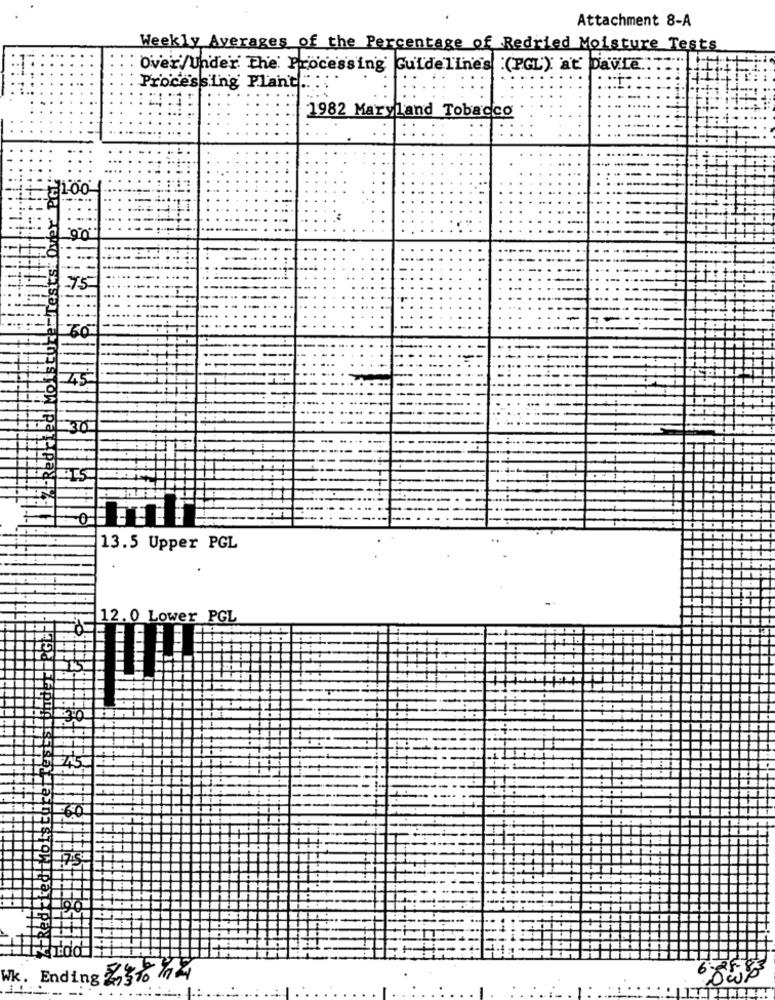
Attachment 8-A
Weekly Averages of the Percentage of Redried Moisture Tests
Over/Under The Processing Guidelines (PGL) at Davie .:
Processing Plant .:
1982 Maryland Tobacco
13.5 Upper PGL
12. 0 Lower PGL
Wk. Ending 2,310 74
1: